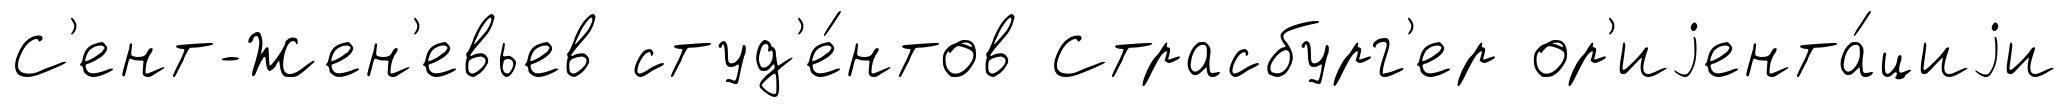
С'ент-Жен'евьев студ'е́нтов Страсбург'ер ор'иjента́циjи